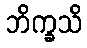
ဘိက္ခသိ